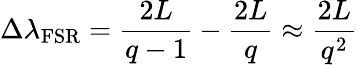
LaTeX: \Delta\lambda_{\mathrm{FSR}}=\frac{2L}{q-1}-\frac{2L}{q}\approx\frac{2L}{q^{2}}